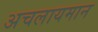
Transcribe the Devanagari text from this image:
अचलायमान